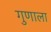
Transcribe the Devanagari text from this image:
गुणाला